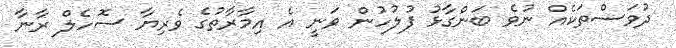
ދުވަސްތަކެއް ނުވެ ބަންގާޅު ފުލުހުން ވަނީ އެ އިމާރާތުގެ ވެރިޔާ ސޮހެލް ރާނާ